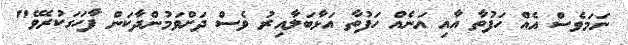
ނަމަވެސް އެއް ހަފުތާ އާއި އަނެއް ހަފުތާ އަޅާބަލާއިރު ވެސް ދަށްވަމުންދާކަން ފާހަގަކުރެވޭ"